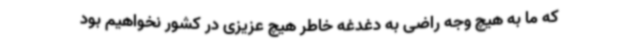
که ما به هیچ وجه راضی به دغدغه خاطر هیچ عزیزی در کشور نخواهیم بود